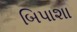
બિપાશા